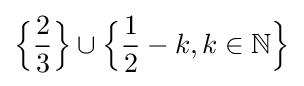
{\Bigl \{}{\frac {2}{3}}{\Bigr \}}\cup {\Bigl \{}{\frac {1}{2}}-k,k\in \mathbb {N} {\Bigr \}}